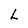
Character: L